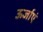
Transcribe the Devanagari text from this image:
ऊर्जाएं